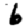
Digit: 6